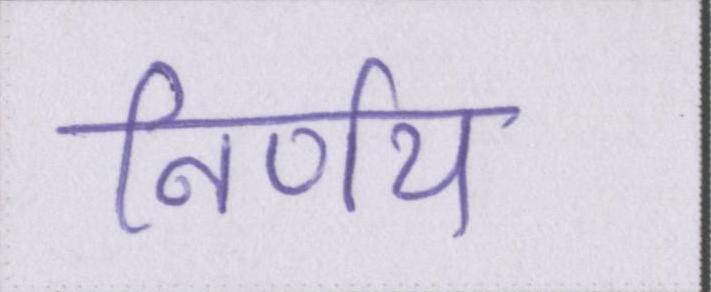
निर्णय